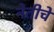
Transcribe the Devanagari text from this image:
नेतीचे